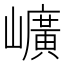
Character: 𡾇